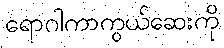
ရောဂါကာကွယ်ဆေးကို